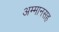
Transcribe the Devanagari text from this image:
अम्मानसह